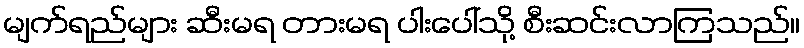
မျက်ရည်များ ဆီးမရ တားမရ ပါးပေါ်သို့ စီးဆင်းလာကြသည်။